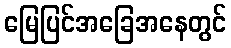
မြေပြင်အခြေအနေတွင်